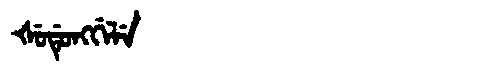
Manchu: ᡧᡠᡩᡠᠩᡤᡝᠯᡝ
Romanization: ŠUDUNGGELE